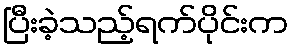
ပြီးခဲ့သည့်ရက်ပိုင်းက